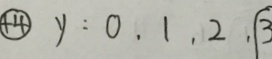
\textcircled { + 4 } y : 0 , 1 , 2 , 3